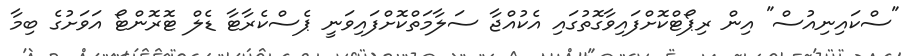
"ސްކައިނިއުސް" އިން ރިޕޯޓްކޮށްފައިވާގޮތުގައި އެކުއްޖާ ސަލާމަތްކޮށްފައިވަނީ ޕެސްކެރާޓާ ޑެލް ޓޮރޮންޓޯ އަވަށުގެ ބިމާ